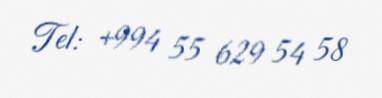
Tel: +994 55 629 54 58